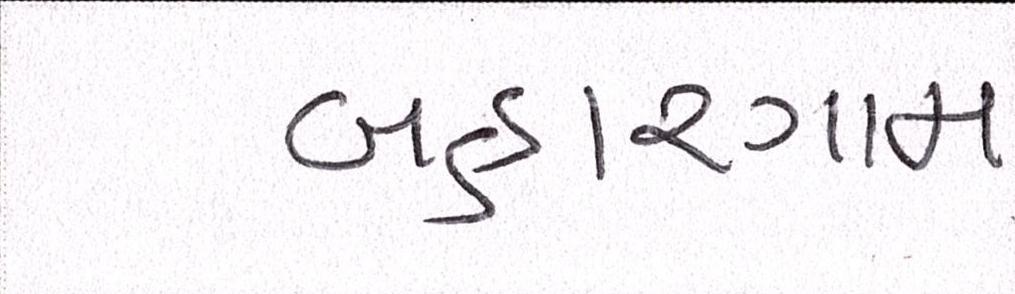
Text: બહારગામ